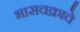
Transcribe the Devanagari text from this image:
भासचक्राचे